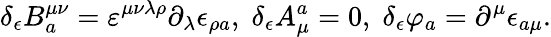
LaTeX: \delta_{\epsilon}B_{a}^{\mu\nu}=\varepsilon^{\mu\nu\lambda\rho}\partial_{\lambda}\epsilon_{\rho a},\; \delta_{\epsilon}A_{\mu}^{a}=0,\; \delta_{\epsilon}\varphi_{a}=\partial^{\mu}\epsilon_{a\mu}.